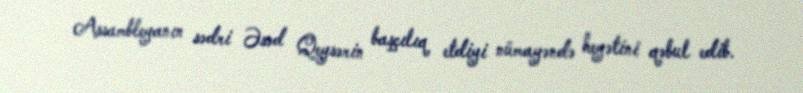
Assambleyanın sədri Əsəd Qeysərin başçılıq etdiyi nümayəndə heyətini qəbul edib.